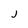
Character: j